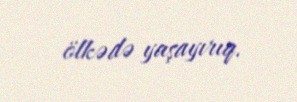
ölkədə yaşayırıq.